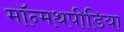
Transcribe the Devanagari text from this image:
मॉन्मथपीडिया